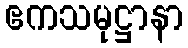
ဧကသမုဋ္ဌာနာ